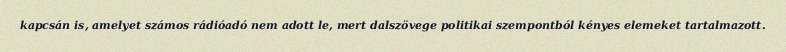
kapcsán is, amelyet számos rádióadó nem adott le, mert dalszövege politikai szempontból kényes elemeket tartalmazott.